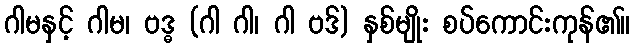
ဂါမနှင့် ဂါမ၊ ဗဒ္ဓ (ဂါ ဂါ၊ ဂါ ဗဒ်) နှစ်မျိုး စပ်ကောင်းကုန်၏။